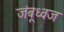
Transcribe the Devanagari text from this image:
जंबूध्वज